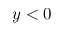
y < 0